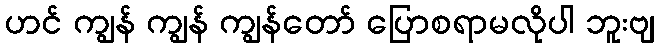
ဟင် ကျွန် ကျွန် ကျွန်တော် ပြောစရာမလိုပါ ဘူးဗျ